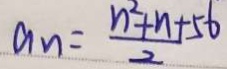
a _ { n } = \frac { n ^ { 2 } + n + 5 6 } { 2 }